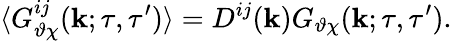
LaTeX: \langle{G_{\vartheta\chi}^{ij}({\mathbf{k}};\tau,\tau^{\prime})}\rangle=D^{ij}({\mathbf{k}})G_{\vartheta\chi}({\mathbf{k}};\tau,\tau^{\prime}).